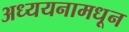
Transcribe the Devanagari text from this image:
अध्ययनामधून